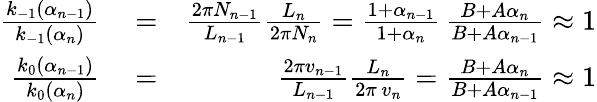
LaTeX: \begin{array}{rlr}{\frac{k_{-1}(\alpha_{n-1})}{k_{-1}(\alpha_{n})}}&{{}=}&{\frac{2\pi N_{n-1}}{L_{n-1}}\frac{L_{n}}{2\pi N_{n}}=\frac{1+\alpha_{n-1}}{1+\alpha_{n}}\, \frac{B+A\alpha_{n}}{B+A\alpha_{n-1}}\approx 1}\\ {\frac{k_{0}(\alpha_{n-1})}{k_{0}(\alpha_{n})}}&{{}=}&{\frac{2\pi v_{n-1}}{L_{n-1}}\frac{L_{n}}{2\pi\, v_{n}}=\frac{B+A\alpha_{n}}{B+A\alpha_{n-1}}\approx 1}\end{array}